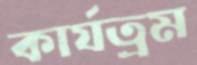
কার্যত্রম